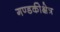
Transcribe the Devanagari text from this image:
गण्डकीक्षेत्र